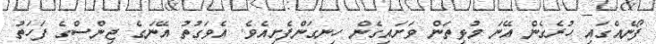
ފޯނެއްގައި ހުރެގެން އޭނަ މުޅިތަން ވަށައިގެން ހިނގަންފެށިއެވެ. އެވަގުތު އޭނަގެ ޖިންސްގެ ފަހަތު